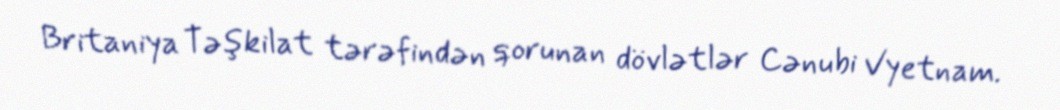
Britaniya Təşkilat tərəfindən qorunan dövlətlər Cənubi Vyetnam.